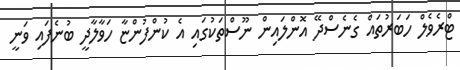
ޓްރެވެލް ހަބަރުތައް ގެނެސްދޭ އޮންލައިން ނޫސްތަކުގައި އެ ކުންފުންޏާ ހަވާލާދީ ބުނެފައި ވަނީ